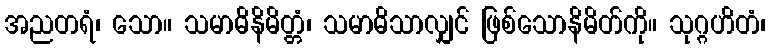
အညတရံ၊ သော။ သမာဓိနိမိတ္တံ၊ သမာဓိသာလျှင် ဖြစ်သောနိမိတ်ကို။ သုဂ္ဂဟိတံ၊